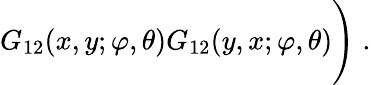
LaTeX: G_{12}(x,y;\varphi,\theta)G_{12}(y,x;\varphi,\theta)\Bigg)\; .